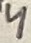
Text: 4